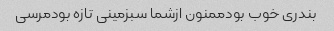
بندری خوب بودممنون ازشما سبزمینی تازه بودمرسی